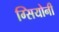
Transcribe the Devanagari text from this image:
ग्सियोनी